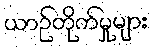
ယာဉ်တိုက်မှုများ